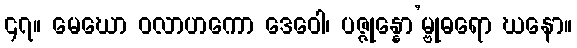
၄၇။ မေဃော ဝလာဟကော ဒေဝေါ၊ ပဇ္ဇုန္နော’မ္ဗုဓရော ဃနော။